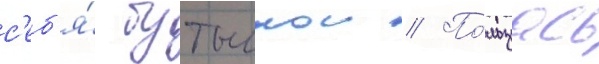
с'еб'я́ бутылкои // По́льзуась